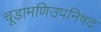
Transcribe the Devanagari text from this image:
चूड़ामणिउपनिषद